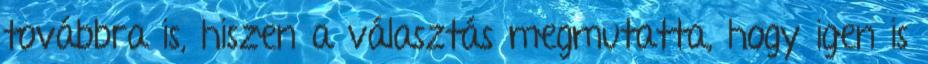
továbbra is, hiszen a választás megmutatta, hogy igen is